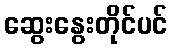
ဆွေးနွေးတိုင်ပင်